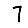
Digit: 7